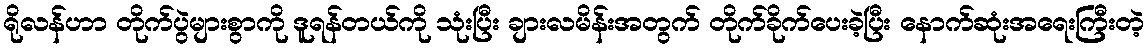
ရိုလန်ဟာ တိုက်ပွဲများစွာကို ဒူရန်တယ်ကို သုံးပြီး ချားလမိန်းအတွက် တိုက်ခိုက်ပေးခဲ့ပြီး နောက်ဆုံးအရေးကြီးတဲ့